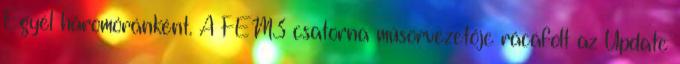
Egyél háromóránként. A FEM3 csatorna műsorvezetője rácáfolt az Update